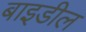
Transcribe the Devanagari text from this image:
बाइडील